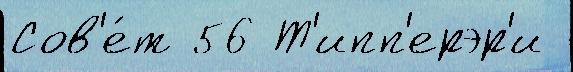
Сов'е́т 56 Т'ипп'ерэр'и